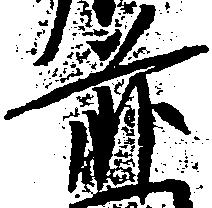
前